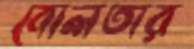
বোলতার